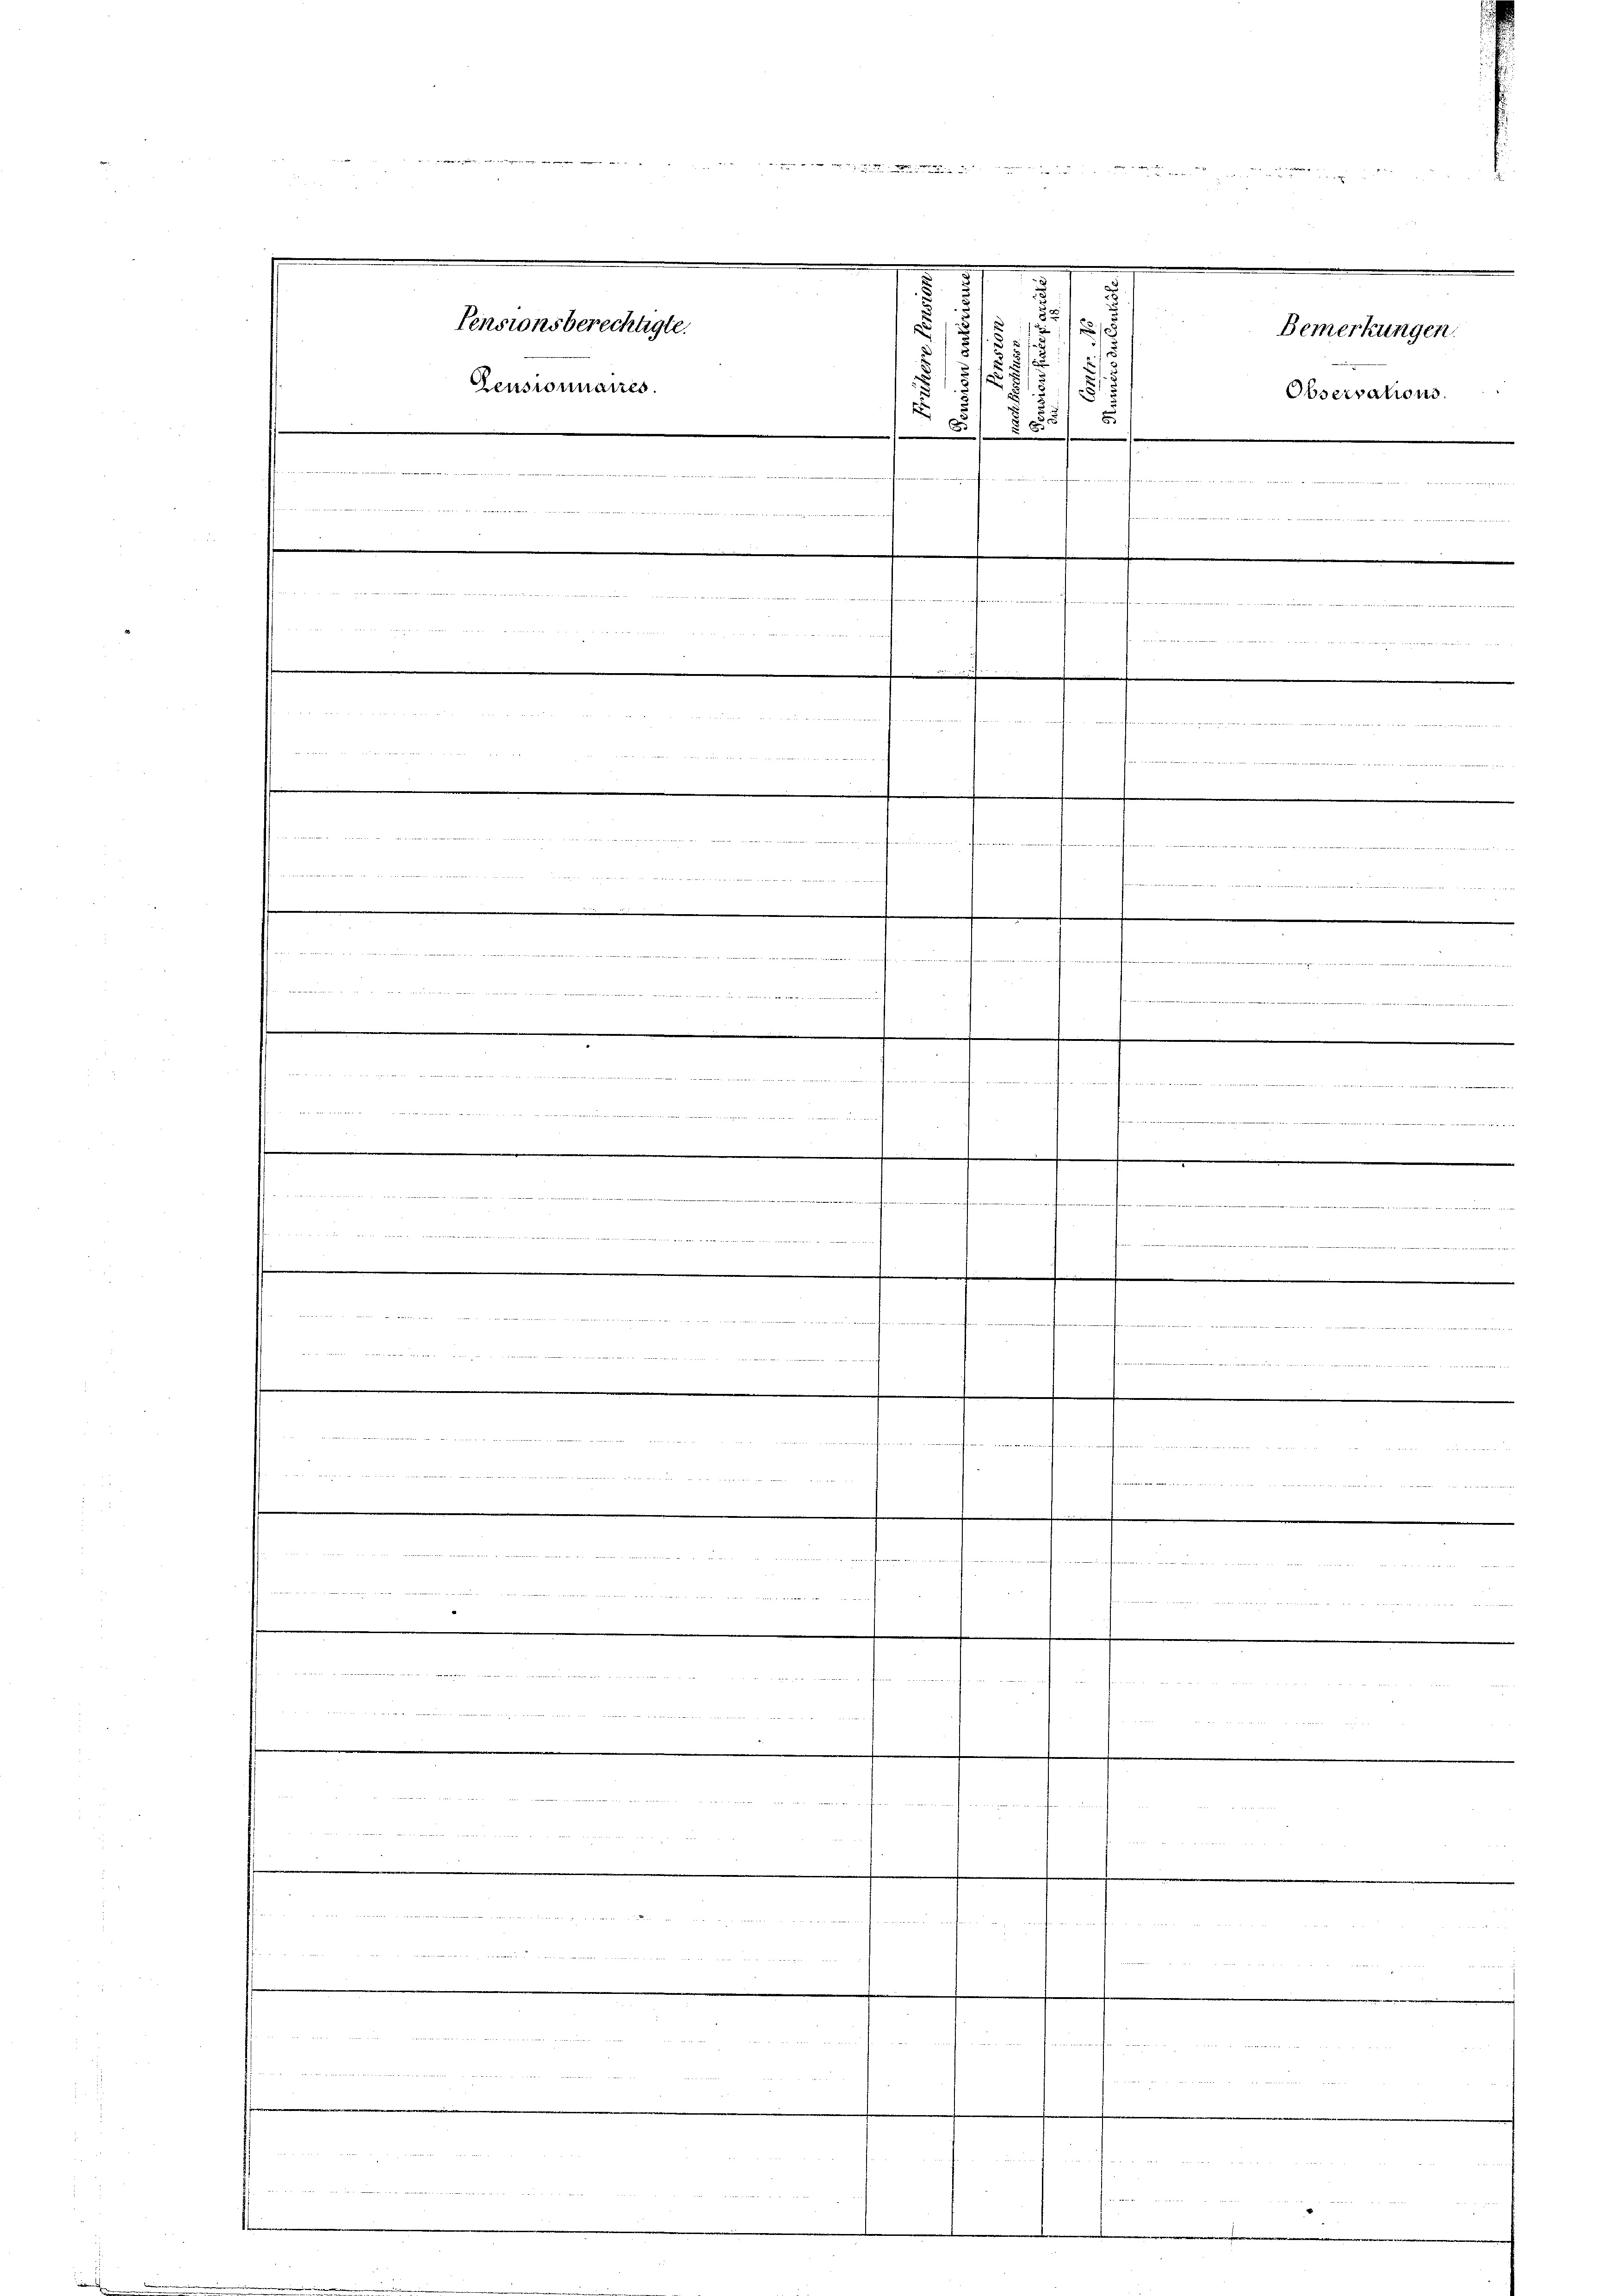
ni en eine genangen wegen in des und

1
Pensionsberechtigte.
5
Pensionnaires.
1
i
d
f

.
id der den und wir eine
in
.
1844
.
wird der Mei
.
Blatt aber mit der der Art

v
2 S. 25 S. 15 t. B N MA P 1. Mai 1828. 424
 225
 ebenen und in

.
 dch der

e

. War heilten den Herber in die bei der hatte der als ei
die Bestanden behanderseiter der in verwenden werden den werden u. a. den zu genen den den werden machen und von den
 111 141124 der werden anderen der

m
.
.
dite Sichen die de

linie in
i
b
.
wurst in diese Rath Wasser Regenheiter die Wie obiger die Militar d. 27 t der Gebet werden ehebrecht. Wendheitliche Wird der
a
  die Begehrer
enfer
wrede unterlichen in der ich anmeldet, in Brandamm er in den und die von den vor den
e
 tetter

.

         Beister die der Kindet weitet wertheile des Seite bedener Wäre et leiche der Appelten aller 1887
r
u es sie ich es den die u.
.
.

 227. Besitzer der
                    vor der den der A

 teilt werde bei der 1830                244.
.

itischen Rede Nr. 1 Art. 442. 4.
in meint man hier in den Rates Monateramten ein meinen anmann mit einemannst von mit minoriente vertreten von
 errich sonst werde in den den ge
.
f
                         1827. 22.
.
i war seinen der den des Milden Art. 24
 ereitsrecht in unterend an der
e
a

s
2 Fr. 25t Mascht hat
1825
.

Bemerkungen.

Observations

de                   wird der der Mindes Staat

H. Recht

24 t 20